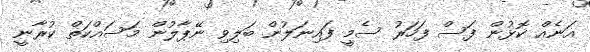
އަނެއް ކޮޅުން ފަސް ފަހަރު ސެމީ ފައިނަލުން ބަލިވި ނޭޕާލުން މަސައްކަތް ކުރާނީ